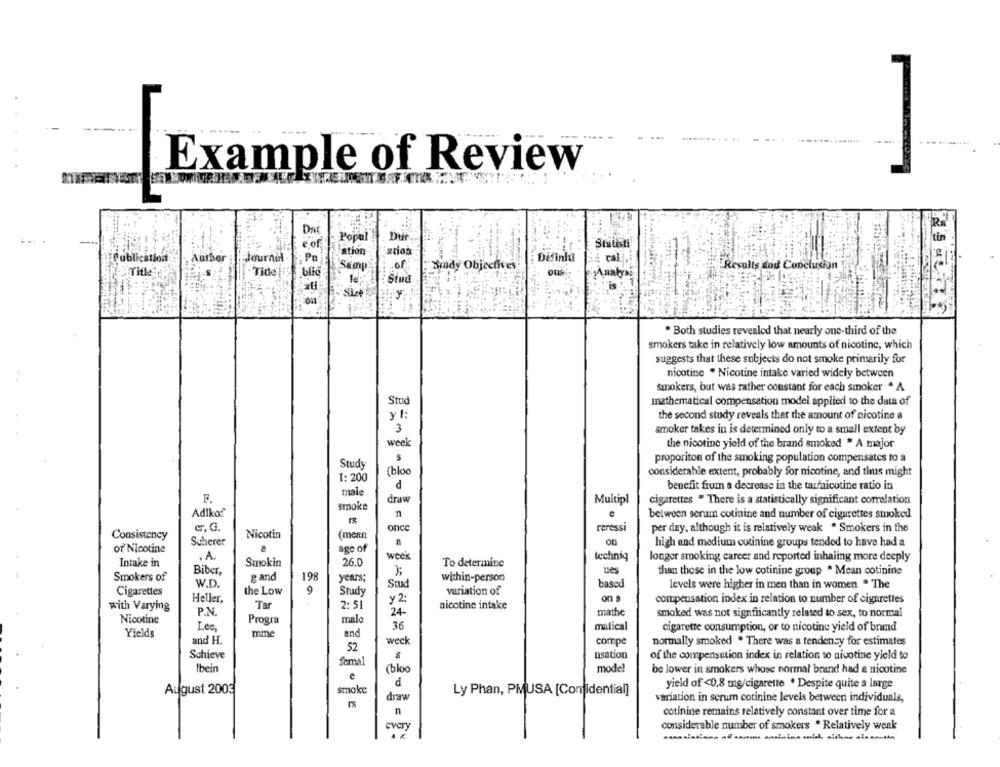
Example of Review
Da
COF
Statisti
Publication
Author
Plournel
P
Definhu
cal.
Brady Objectives
Results and Conclusion
Title
Tide
blic
of
Stua
au
* Both studies revealed that nearly one-third of the
smokers take in relatively low amounts of nicotine, which
suggests that these subjects do not smoke primarily for
nicotine . Nicotine intake varied widely between
smokers, but was rather constant for each smoker * A
Stad
Inathematical compensation model applied to the data of
y !:
the second study reveals ther the amount of nicotine a
3
smoker takes in is determined only to a small extent by
week
the nicotine yield of the brand smoked * A major
proporiton of the smoking population compensates to a
Study
[bloo
considerable extent, probably for nicotine, and thus might
1: 200
male
d
benefit from a decrease in the tarfnicotine ratio in
draw
smoke
Multipl
cigarettes " There is a statistically significant correlation
Adlko
n
between serum cotinine and number of cigarettes smoked
er. G.
once
reressi
per day, although it is relatively weak " Smokers in the
Consistency
Nicotin
(menn
Scherer
8
high and medium cotinine groups tended to have had a
of' Nicotine
.
age of
, A.
week
techniq
longer smoking career and reported inhaling more deeply
Intake in
Smokin
26.0
To determine
Biber,
198
ues
than those in the low cotinine group . Mean cotinine
Smokers of
W.D.
gand
years;
Stud
within-person
based
Cigarettes
9
variation of
levels were higher in men than in women . The
Heller,
the Low
Study
on a
with Varying
Tar
2: 51
y 2:
nicotine intake
compensation index in relation to number of cigarettes
P.N.
24-
mathe
smoked was not signfricantly related to sex, to normal
Nicotine
Progra
male
Lee,
36
matical
cigarette consumption, or to nicotine yield of brand
Yields
mme
and
and H.
week
compe
normally smoked . There was a tendency for estimates
52
Schieve
$
usation
of the compensation index in relation to nicotine yield to
femal
Ibein
(bloo
model
be lower in smokers whose normal brand had a nicotine
August 2003
smake
yield of <0.8 mg/cigarette . Despite quite a large
draw
Ly Phan, PMUSA [Confidential]
variation in scrum cotinine levels between individuals,
rs
n
cotinine remains relatively constant over time for a
every
considerable number of smokers * Relatively weak